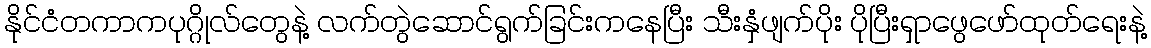
နိုင်ငံတကာကပုဂ္ဂိုလ်တွေနဲ့ လက်တွဲဆောင်ရွက်ခြင်းကနေပြီး သီးနှံဖျက်ပိုး ပိုပြီးရှာဖွေဖော်ထုတ်ရေးနဲ့